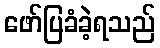
ဖော်ပြခံခဲ့ရသည်